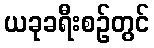
ယခုခရီးစဉ်တွင်